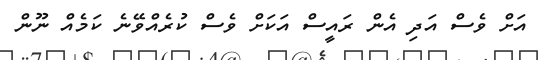
އަށް ވެސް އަދި އެެން ރައީސް އަކަށް ވެސް ކުރެއްވޭނެ ކަމެއް ނޫން